Source: Handwritten
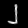
Digit: ၂ (2)